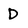
Character: D